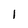
Character: 1